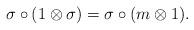
LaTeX: \begin{align*}\sigma\circ (1\otimes \sigma)=\sigma \circ(m\otimes 1).\end{align*}